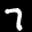
Label: 7